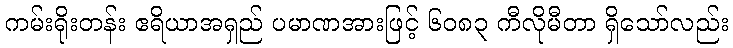
ကမ်းရိုးတန်း ဧရိယာအရှည် ပမာဏအားဖြင့် ၆၀၈၃ ကီလိုမီတာ ရှိသော်လည်း